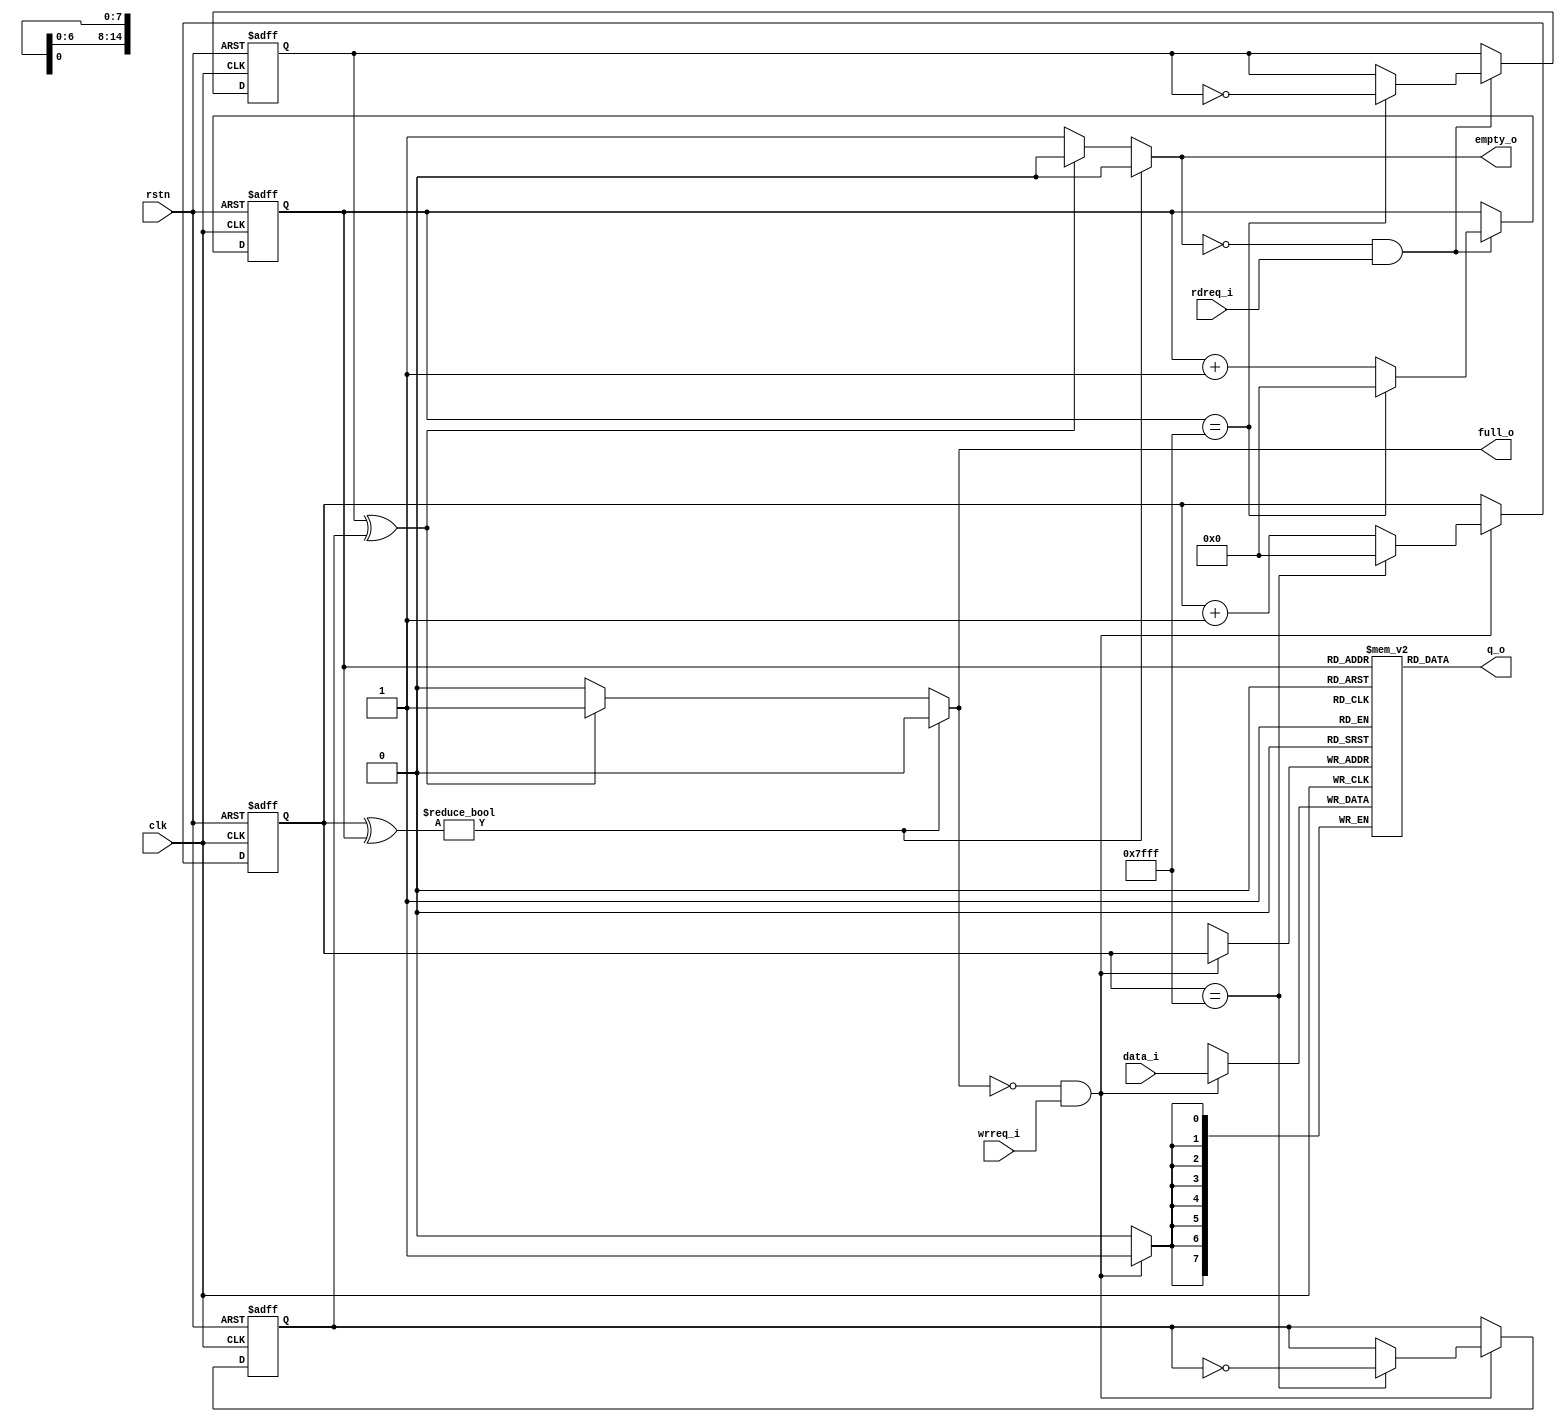
//it is just a normal FIFO
module FIFO #(
    parameter           DataWidth   = 8,
    parameter           AddrWidth   = 15
)   (
    input   wire                    clk,
    input   wire                    rstn,
    input   wire                    rdreq_i,
    input   wire                    wrreq_i,
    output  wire                    full_o,
    output  wire                    empty_o,

    input   wire    [DataWidth-1:0] data_i,
    output  wire    [DataWidth-1:0] q_o

);

(* ram_style="block" *)reg [DataWidth - 1 : 0] mem [2 ** AddrWidth - 1 : 0];
reg [AddrWidth - 1 : 0] wp      =   0;
reg [AddrWidth - 1 : 0] rp      =   0;
reg                     w_flag  =   0;
reg                     r_flag  =   0;


always @(posedge clk or negedge rstn) begin
    if(~rstn) begin
        wp      <=  0;
        w_flag  <=  1'b0;
    end else if(!full_o && wrreq_i) begin 
        wp      <=  (wp == 2 ** AddrWidth - 1)  ?   0       :   wp + 1'b1;
        w_flag  <=  (wp == 2 ** AddrWidth - 1)  ?   ~w_flag :   w_flag;
    end
end

always @(posedge clk) begin
    if(wrreq_i && !full_o)begin
        mem[wp] <= data_i;
    end
end

always @(posedge clk or negedge rstn) begin
    if (~rstn) begin
        rp      <=  0;
        r_flag  <=  1'b0;
    end else if(!empty_o && rdreq_i) begin 
        rp      <=  (rp == 2 ** AddrWidth - 1)  ?   0       :   rp + 1'b1;
        r_flag  <=  (rp == 2 ** AddrWidth - 1)  ?   ~r_flag :   r_flag;
    end
end

assign q_o = mem[rp];

assign  full_o  =   wp ^ rp         ?   1'b0    :   (
                    r_flag ^ w_flag ?   1'b1    :   1'b0);

assign  empty_o =   wp ^ rp         ?   1'b0    :   (
                    r_flag ^ w_flag ?   1'b0    :   1'b1);

endmodule